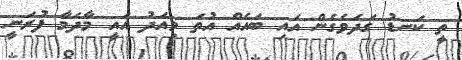
ތީ ކަނޑު ގަދަވެގެން އައި ބައެއް އުތަ މިއަދު އައީ މާދަމާ ފުރަނީ